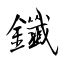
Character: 鑯